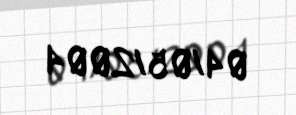
04/05/2004